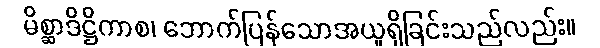
မိစ္ဆာဒိဋ္ဌိကာစ၊ ဘောက်ပြန်သောအယူရှိခြင်းသည်လည်း။